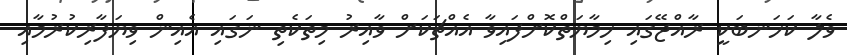
ވެލާ ކަހަނބަކީ ރާއްޖޭގައި ހިމާޔަތްކޮށްފައިވާ އެއްޗަކަށް ވާއިރު މިތަކެތި ނަގައި އެއިން ވިޔަފާރިކުރުމާއި